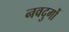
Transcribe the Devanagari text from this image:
नवदुर्गो